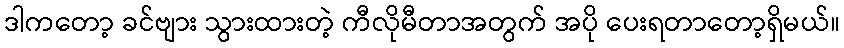
ဒါကတော့ ခင်ဗျား သွားထားတဲ့ ကီလိုမီတာအတွက် အပို ပေးရတာတော့ရှိမယ်။